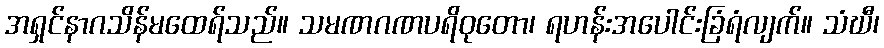
အရှင်နာဂသိန်မထေရ်သည်။ သမဏဂဏပရိဝုတော၊ ရဟန်းအပေါင်းခြံရံလျက်။ သံဃီ၊